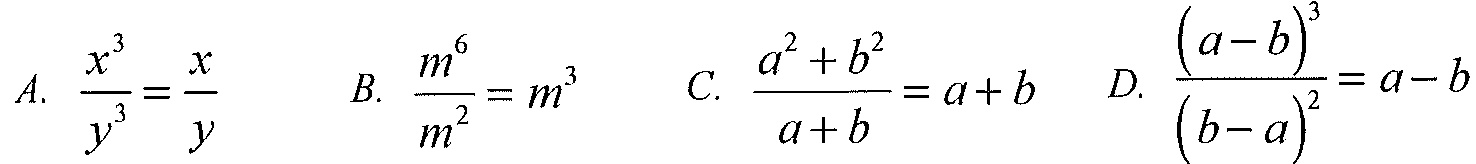
\[
A.\ \frac{x^{3}}{y^{3}}=\frac{x}{y}\quad
B.\ \frac{m^{6}}{m^{2}} = m^{3}\quad
C.\ \frac{a^{2}+b^{2}}{a + b}=a + b\quad
D.\ \frac{(a - b)^{3}}{(b - a)^{2}}=a - b
\]